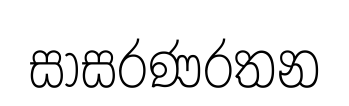
සාසරණරතන